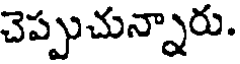
చెప్పుచున్నారు.